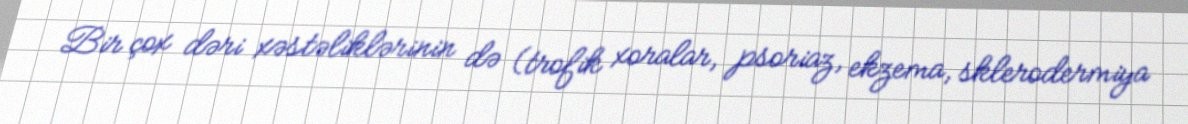
Bir çox dəri xəstəliklərinin də (trofik xoralar, psoriaz, ekzema, sklerodermiya